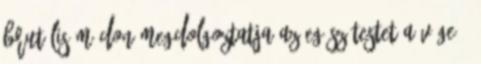
brutális módon megdolgoztatja az egész testet A vége 1